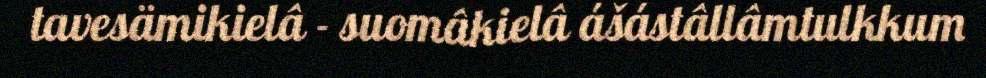
tavesämikielâ - suomâkielâ ášástâllâmtulkkum